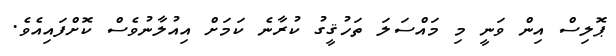
ޕޮލިސް އިން ވަނީ މި މައްސަލަ ތަހުޤީގު ކުރާނެ ކަމަށް އިއުލާނުވެސް ކޮށްފައިއެވެ.